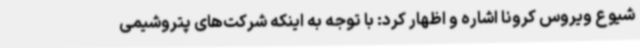
شیوع ویروس کرونا اشاره و اظهار کرد: با توجه به اینکه شرکت‌های پتروشیمی